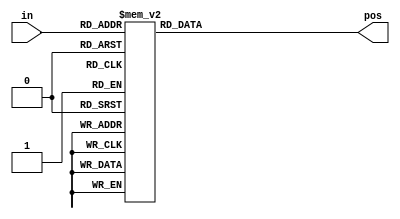
// synthesis verilog_input_version verilog_2001
module top_module (
    input [3:0] in,
    output reg [1:0] pos  );
	    always@(*) begin  // This is a combinational circuit
            case (in)
      0 : pos = 0;
      1 : pos = 0;
      2 : pos = 1;
      3 : pos = 0;
      4 : pos = 2;
      5 : pos = 0;
      6 : pos = 1;
      7 : pos = 0;
      8 : pos = 3;
      9 : pos = 0;
      10: pos = 1;
      11: pos = 0;
      12: pos = 2;
      13: pos = 0;
      14: pos = 1;
      15: pos = 0;
      default : pos = 0;
    endcase
    end
	
endmodule